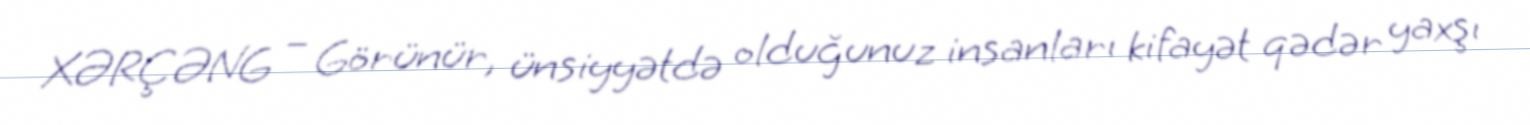
XƏRÇƏNG – Görünür, ünsiyyətdə olduğunuz insanları kifayət qədər yaxşı